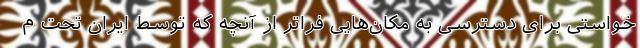
خواستی برای دسترسی به مکان‌هایی فراتر از آنچه که توسط ایران تحت م